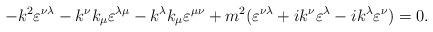
LaTeX: \begin{align*}-k^2 \varepsilon^{\nu\lambda} - k^\nu k_\mu \varepsilon^{\lambda\mu} - k^\lambda k_\mu \varepsilon^{\mu \nu} + m^2 (\varepsilon^{\nu\lambda} + ik^\nu \varepsilon^{\lambda} - ik^\lambda \varepsilon^{\nu}) = 0.\end{align*}